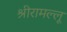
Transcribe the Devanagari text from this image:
श्रीरामल्लू